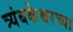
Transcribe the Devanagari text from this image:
त्र्यंबकेश्वरच्या